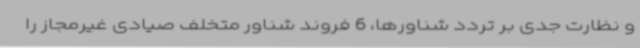
و نظارت جدی بر تردد شناورها، 6 فروند شناور متخلف صیادی غیرمجاز را